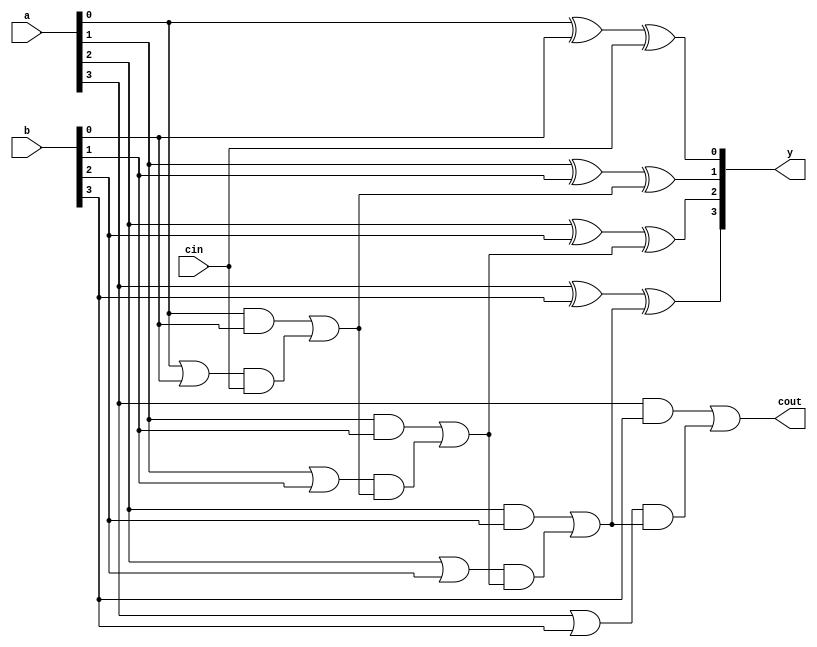
// Verilog program of 4 bit carry look ahead adder
`timescale 1ns/1ns

module cla4(a, b, cin, cout, y);
    input [3:0] a, b;
    input cin;
    output cout;
    output [3:0] y;

    //wire [3:0] g, p;                // generate and propagate signals
    wire [4:0] c;                   // intermediate carry signals between stages

    assign c[0] = cin;
    assign y[0] = a[0] ^ b[0] ^ cin;

    assign c[1] = ((a[0] & b[0]) | ((a[0] | b[0]) & c[0]));
    assign y[1] = a[1] ^ b[1] ^ c[1];

    assign c[2] = ((a[1] & b[1]) | ((a[1] | b[1]) & ((a[0] & b[0]) | ((a[0] | b[0]) & c[0]))));
    assign y[2] = a[2] ^ b[2] ^ c[2];

    assign c[3] = ((a[2] & b[2]) | ((a[2] | b[2]) & ((a[1] & b[1]) | ((a[1] | b[1]) & ((a[0] & b[0]) | ((a[0] | b[0]) & c[0]))))));
    assign y[3] = a[3] ^ b[3] ^ c[3];

    assign c[4] = ((a[3] & b[3]) | ((a[3] | b[3]) & ((a[2] & b[2]) | ((a[2] | b[2]) & ((a[1] & b[1]) | ((a[1] | b[1]) & ((a[0] & b[0]) | ((a[0] | b[0]) & c[0]))))))));
    assign cout = c[4];
endmodule